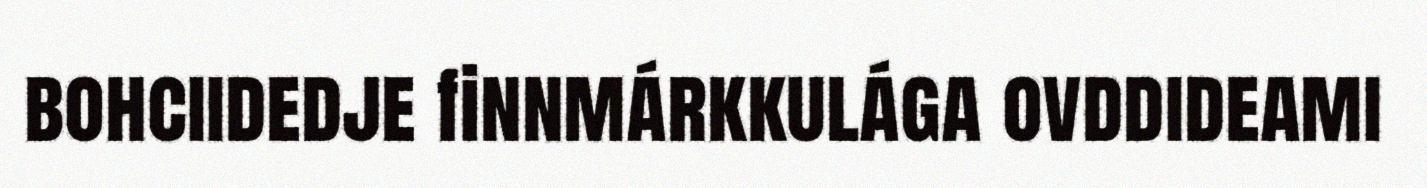
bohciidedje finnmárkkulága ovddideami